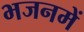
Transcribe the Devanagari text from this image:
भजनमें